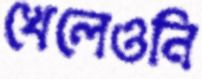
খেলেওনি